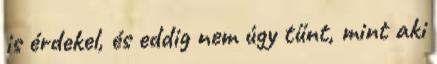
is érdekel, és eddig nem úgy tűnt, mint aki